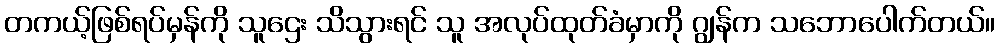
တကယ့်ဖြစ်ရပ်မှန်ကို သူဌေး သိသွားရင် သူ အလုပ်ထုတ်ခံမှာကို ဂျွန်က သဘောပေါက်တယ်။